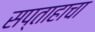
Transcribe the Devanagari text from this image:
सप्ताहाचा